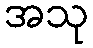
အသု